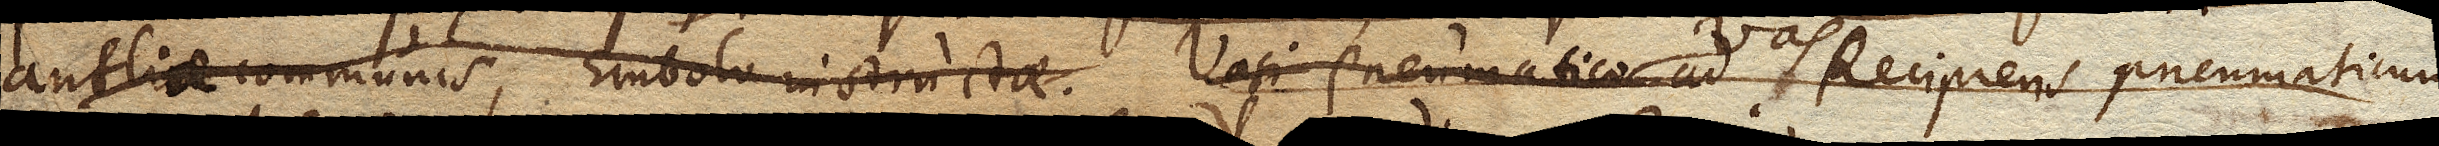
antliae communis, Embolo instructae. Vasi pneumatico ad Recipiens pneumaticum